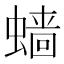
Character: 𲀂